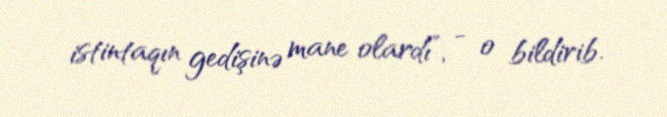
istintaqın gedişinə mane olardı”, - o bildirib.